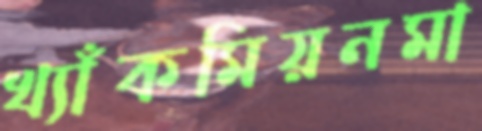
খ্যাঁকমিয়নমা